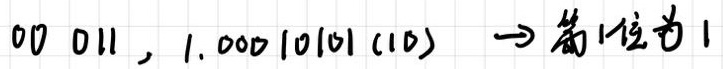
$00\ 011 , 1.00010101_{(10)} \to 第1位为1$